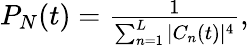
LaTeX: \begin{array}{r}{P_{N}(t)=\frac{1}{\sum_{n=1}^{L}|C_{n}(t)|^{4}},}\end{array}